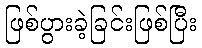
ဖြစ်ပွားခဲ့ခြင်းဖြစ်ပြီး